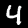
Label: 4